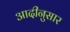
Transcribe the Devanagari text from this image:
आदीनुसार